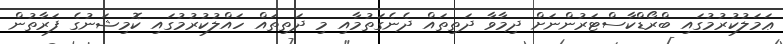
ޢަމަލުކުރުމުގައި ބްރޯޑްކާސްޓަރުންނަށް ދިމާވާ ދަތިތައް ދެނެގަތުމާއި މި ދަތިތައް ހައްލުކުރުމުގައި ކޮމިޝަނުގެ ފަރާތުން